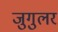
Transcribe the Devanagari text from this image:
जुगुलर